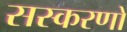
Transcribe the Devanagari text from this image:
सस्करणों